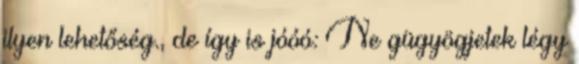
ilyen lehetőség., de így is jóóó: Ne gügyögjetek légy